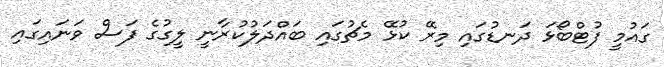
ގައުމީ ފުޓްބޯޅަ ދަނޑުގައި މިރޭ ކުޅޭ މެޗުގައި ބައްދަލުކުރާނީ ލީގުގެ ފަސް ވަނައިގައި